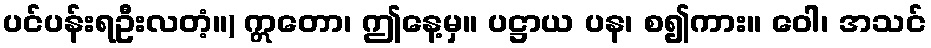
ပင်ပန်းရဦးလတံ့။) ဣတော၊ ဤနေ့မှ။ ပဋ္ဌာယ ပန၊ စ၍ကား။ ဝေါ၊ အသင်